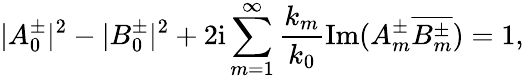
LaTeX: |A_{0}^{\pm}|^{2}-|B_{0}^{\pm}|^{2}+2\mathrm{i}\sum_{m=1}^{\infty}\frac{k_{m}}{k_{0}}\mathrm{Im}(A_{m}^{\pm}\overline{{B_{m}^{\pm}}})=1,